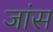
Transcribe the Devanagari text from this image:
जांस